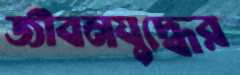
জীবনযুদ্ধের